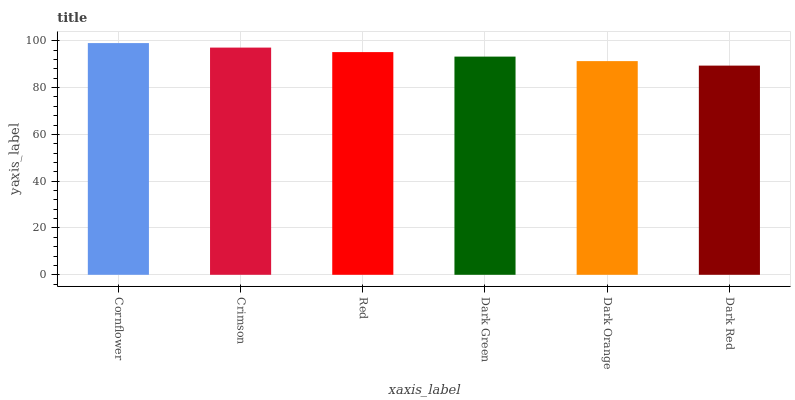
| xaxis_label | bars |
 | --- | --- |
 | Cornflower | 99 |
 | Crimson | 97.1 |
 | Red | 95.2 |
 | Dark Green | 93.2 |
 | Dark Orange | 91.3 |
 | Dark Red | 89.4 |